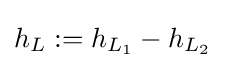
h_{L}:=h_{L_{1}}-h_{L_{2}}